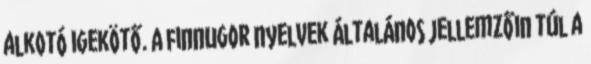
alkotó igekötő. A finnugor nyelvek általános jellemzőin túl a